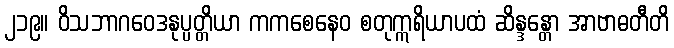
၂၁၉။ ဝိသဘာဂဝေဒနုပ္ပတ္တိယာ ကကစေနေဝ စတုဣရိယာပထံ ဆိန္ဒန္တော အာဗာဓတီတိ